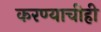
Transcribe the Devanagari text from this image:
करण्‍याचीही